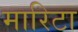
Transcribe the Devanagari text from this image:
मारिटा